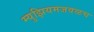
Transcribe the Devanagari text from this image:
म्युझियमजवळच